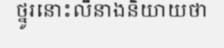
ថ្នូរនោះលឺនាងនិយាយថា